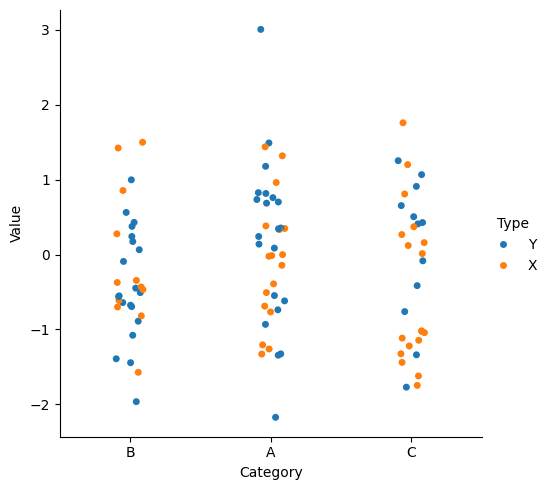
python, seaborn, catplot, kind='strip', height=5, aspect=1